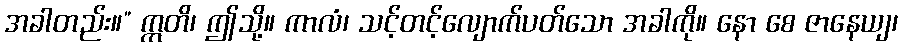
အခါတည်း။” ဣတိ၊ ဤသို့။ ကာလံ၊ သင့်တင့်လျောက်ပတ်သော အခါကို။ နော စေ ဇာနေယျ၊